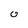
Character: 0